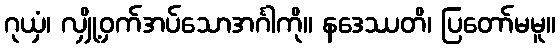
ဂုယှံ၊ လျှို့ဝှက်အပ်သောအင်္ဂါကို။ နဒေဿတိ၊ ပြတော်မမူ။